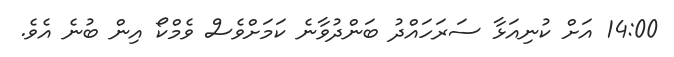
14:00 އަށް ކުނިއަޅާ ސަރަހައްދު ބަންދުވާނެ ކަމަށްވެސް ވެމްކޯ އިން ބުނެ އެވެ.